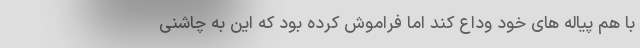
با هم پیاله های خود وداع کند اما فراموش کرده بود که این به چاشنی